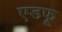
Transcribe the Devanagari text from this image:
एडफू